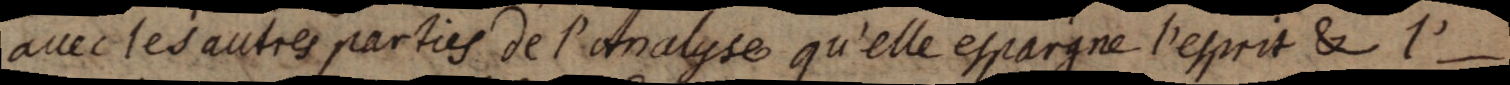
avec les autres parties de l’Analyse qu’elle espargne l’esprit & I’